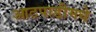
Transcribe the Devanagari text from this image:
आटपाडीमधे